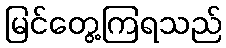
မြင်တွေ့ကြရသည်